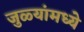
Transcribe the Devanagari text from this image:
जुळ्यांमध्ये